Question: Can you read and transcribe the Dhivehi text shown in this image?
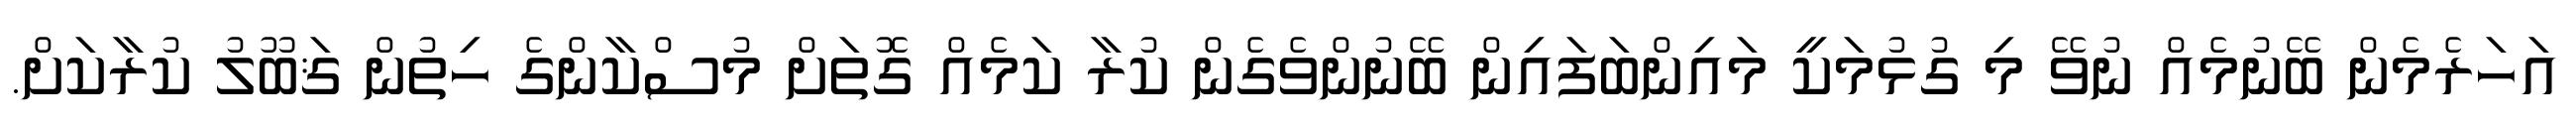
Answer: އަހަރެމެން ބޭނުމެއް ނުވޭ މި ގުޅުމަކީ މައިންބަފައިން ބޭނުންވެގެން ކުރާ ކަމެއް ގޮތަށް މުސްކާންގެ ހިތުން ޤަބޫލު ކުރާކަށް.